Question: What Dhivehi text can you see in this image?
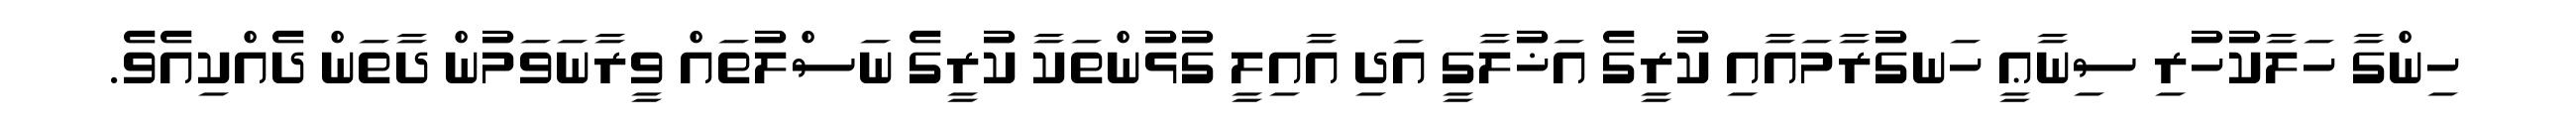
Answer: ހިންގާ ހަލާކުހުރި ސިނާޢީ ހަނގުރާމައާއި ކުރީގެ އަޚުލާގީ އަދި އާއިލީ ގުޅުންތަކާ ކުރީގެ ނަސްލުތައް ވީރާނަވަމުން ދާތަން ދެއްކިއެވެ.